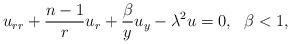
LaTeX: \begin{align*}u_{rr}+\frac{n-1}ru_r+\frac{\beta}yu_y-\lambda^2u=0,~~\beta<1,\end{align*}